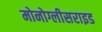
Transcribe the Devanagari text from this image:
मोनोग्लीसराइड